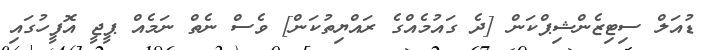
ޑުއަލް ސިޓިޒެންޝިޕްކަން [ދެ ގައުމެއްގެ ރައްޔިތުކަން] ވެސް ނެތް ނަމެއް ޕީޖީ އޮފީހުގައި